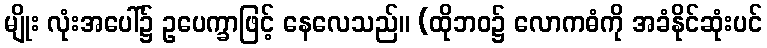
မျိုး လုံးအပေါ်၌ ဥပေက္ခာဖြင့် နေလေသည်။ (ထိုဘဝ၌ လောကဓံကို အခံနိုင်ဆုံးပင်